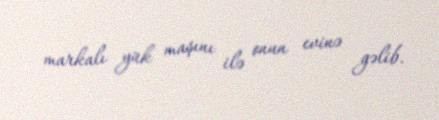
markalı yük maşını ilə onun evinə gəlib.